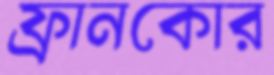
ফ্রানকোর